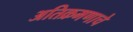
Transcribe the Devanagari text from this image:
अतिक्रमणाचे